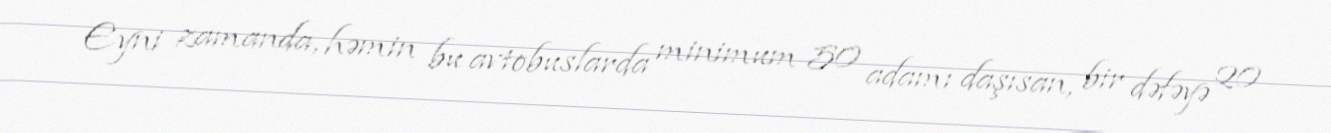
Eyni zamanda, həmin bu avtobuslarda minimum 50 adamı daşısan, bir dəfəyə 20